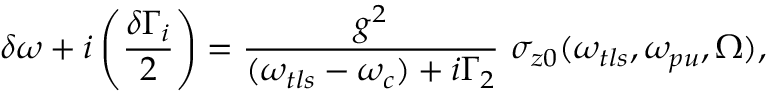
\delta \omega + i \left( \frac { \delta \Gamma _ { i } } { 2 } \right) = \frac { g ^ { 2 } } { ( \omega _ { t l s } - \omega _ { c } ) + i \Gamma _ { 2 } } \ \sigma _ { z 0 } ( \omega _ { t l s } , \omega _ { p u } , \Omega ) ,